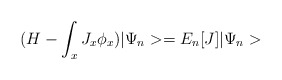
\begin{align*}(H-\int_x J_x \phi_x)|\Psi_n>=E_n[J]|\Psi_n>\end{align*}